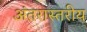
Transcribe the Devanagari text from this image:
अंतरास्तरीय